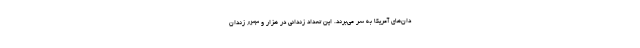
دان‌های آمریکا به سر می‌برند. این تعداد زندانی در هزار و 833 زندان